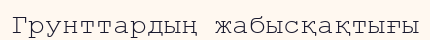
Грунттардың жабысқақтығы